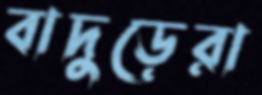
বাদুড়েরা